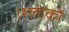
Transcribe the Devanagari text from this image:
।श्लोकों